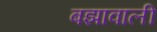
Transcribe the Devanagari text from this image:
बझावाली